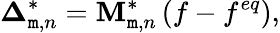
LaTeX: {\boldsymbol{\Delta}}_{\mathtt{m},n}^{*}={\mathbf{{M}}}_{\mathtt{m},n}^{*}\left({f-{f^{eq}}}\right),